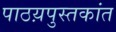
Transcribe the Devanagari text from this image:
पाठय़पुस्तकांत